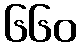
၆၆၀